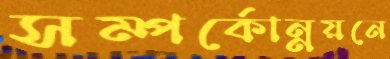
সম্পর্কোন্নয়নে